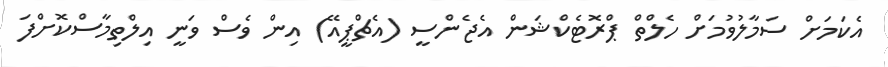
އެކަމަށް ސަމާލުވުމަށް ހެލްތް ޕްރޮޓެކްޝަން އެޖެންސީ (އެޗްޕީއޭ) އިން ވެސް ވަނީ އިލްތިމާސްކޮށްފަ